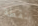
بنقطة